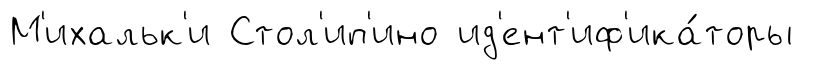
М'ихальк'и Стол'ип'ино ид'ент'иф'ика́торы